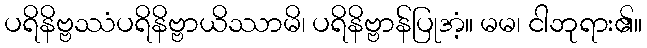
ပရိနိဗ္ဗဿံပရိနိဗ္ဗာယိဿာမိ၊ ပရိနိဗ္ဗာန်ပြုအံ့။ မမ၊ ငါဘုရား၏။